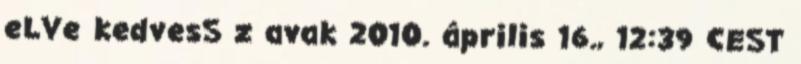
eLVe kedvesS z avak 2010. április 16., 12:39 CEST